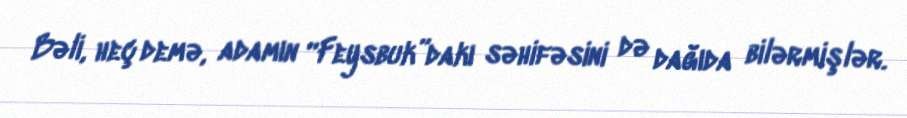
Bəli, heç demə, adamın “Feysbuk”dakı səhifəsini də dağıda bilərmişlər.